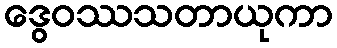
ဒွေဝဿသတာယုကာ